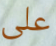
على